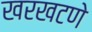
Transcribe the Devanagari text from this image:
खरखटणे